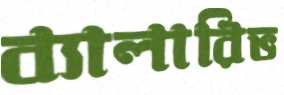
ব্যালারিভ